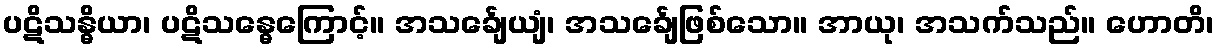
ပဋိသန္ဓိယာ၊ ပဋိသန္ဓေကြောင့်။ အသင်္ချေယျံ၊ အသင်္ချေဖြစ်သော။ အာယု၊ အသက်သည်။ ဟောတိ၊